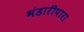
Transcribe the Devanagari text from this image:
भंडारीपारा